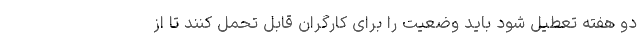
دو هفته تعطیل شود باید وضعیت را برای کارگران قابل تحمل کنند تا از